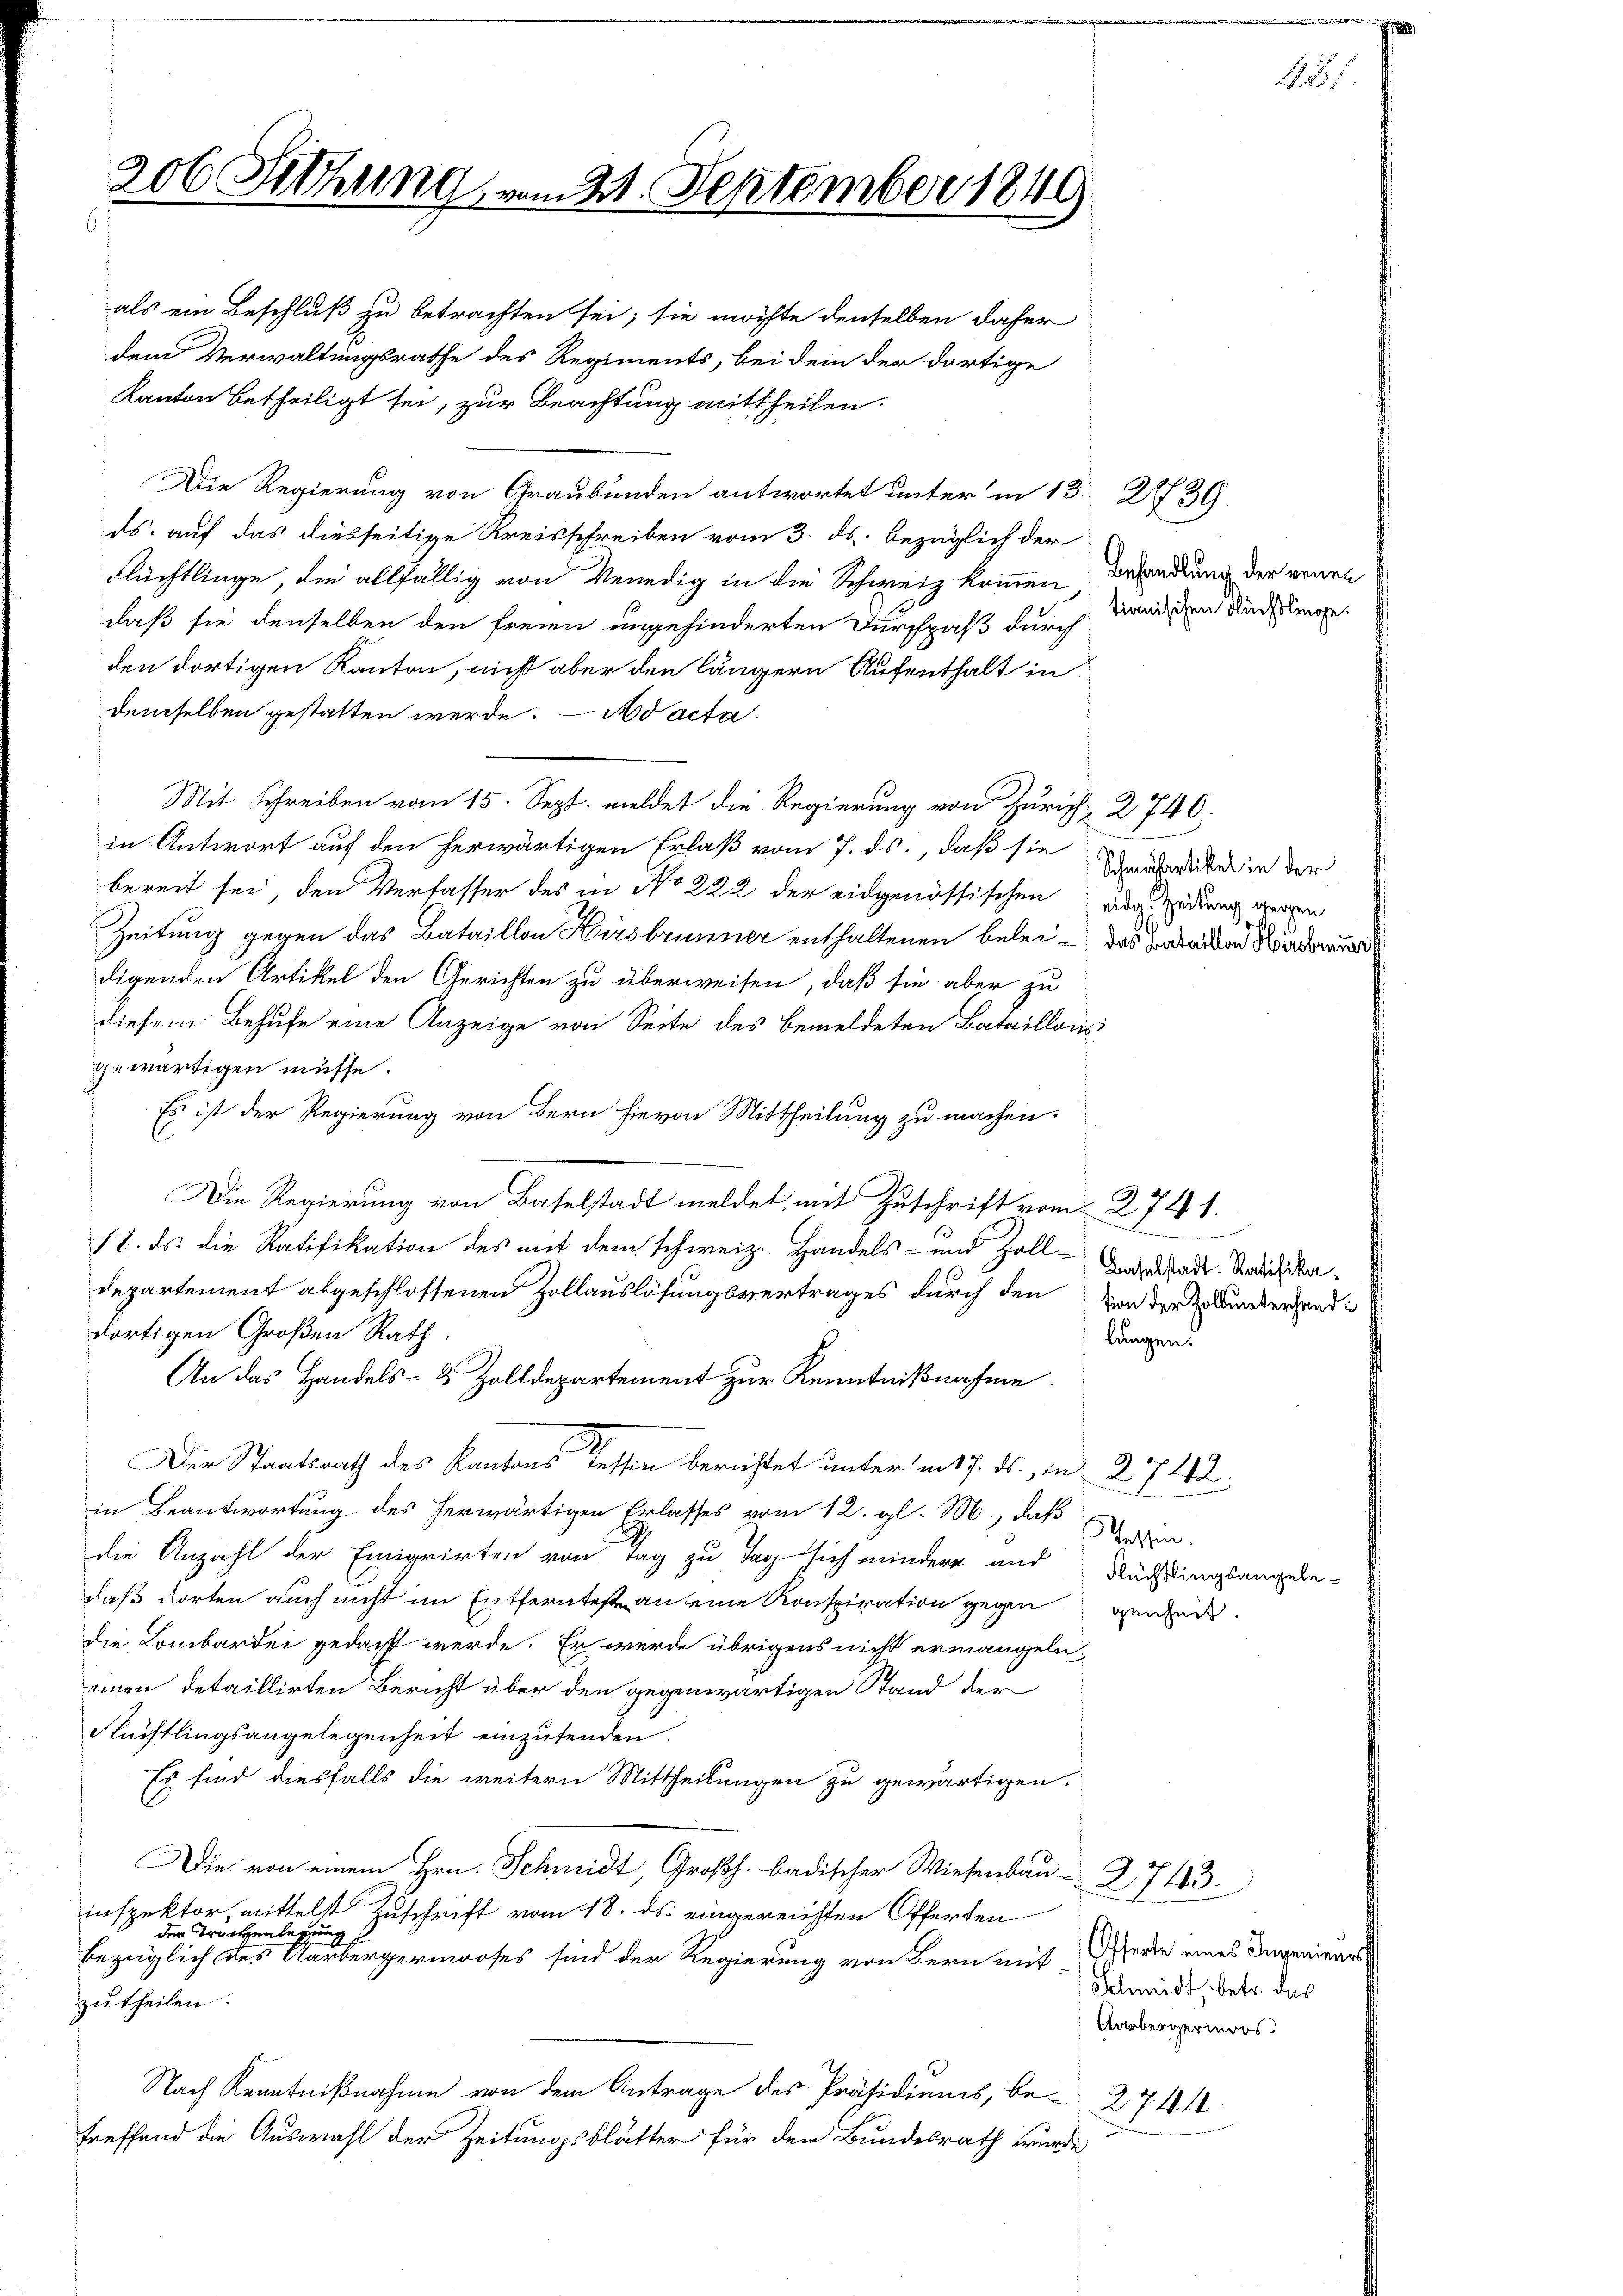
206 Sitzung vom 21. September 1849
als ein Beschluß zu betrachten sei; sie möchte denselben daher

dem Verwaltungsrathe des Regiments, bei dem der dortige
Kanton betheiligt sei, zur Beachtung mittheilen.
Die Regierung von Graubünden antwortet unter in 13. 2739.
ds. auf das diesseitige Kreisschreiben vom 3. ds. bezüglich der
Flüchtlinge die allfällig von Venedig in die Schweiz kommen, Behandlung der genen
daß sie denselben den freien ungehinderten Durchpaß durch Dändlichen Rechtige
den dortigen Kanton, nicht aber den längern Aufenthalt in
demselben gestatten werde. Ad acta
Mit Schreiben vom 15. Sept. meldet die Regierung von Zürich 2 740.
in Antwort auf den herwärtigen Erlaß vom 7. ds., daß sie auszeiter in der
bereit sei, den Verfasser des in No 222 der eidgenössischen eine Zedung deren
Zeitung gegen das Bataillon Hirsbrunner enthaltenen belei- das Baden Widers
digenden Artikel den Gerichten zu überweisen, daß sie aber zu
diesem Behufe eine Anzeige von Seite des bemeldeten Bataillons
gewärtigen müsse.
Es ist der Regierung von Bern hievon Mittheilung zu machen.
Die Regierung von Baselstadt meldet, mit Zuschrift vom 274 1.
18. ds. die Ratifikation des mit dem Schweiz. Handels- und Zoll-Anderende. Nachbadepartement abgeschlossenen Zollauslösungsvertrages durch den von der Honderend in
dortigen Großen Rath.
An das Handels- & Zolldepartement zur Kenntnißnahme.
Der Staatsrath des Kantons Tessin berichtet unter mit 7. ds., in 27 d
in Beantwortung des herwärtigen Erlasses vom 12. gl. M., daß
Tessin.
die Anzahl der Emigrirten von Tag zu Tag sich mindern und Nüchtingsangele
daß dorten auch nicht im Entferntest an eine Konspiration gegen werde.
die Lombardei gedacht werde. Er werde übrigens nicht ermangeln,
einen detaillirten Bericht über den gegenwärtigen Stand der
Flüchtlingsangelegenheit einzutenden.
Es sind diesfalls die weitern Mittheilungen zu gewärtigen.
Die von einem Hrn. Schmidt, Großh. badischer Wiesenbau - 2743.
inspektor, mittelst Zuschrift vom 18. ds. eingereichten Offerten
der Trotten legen
bezüglich des Aarbergermooses sind der Regierung von Bern mit Werde eines Ingenien
zu theilen.
Nach Kenntnißnahme von dem Antrage des Präsidiums, be- 2744
treffend die Auswahl der Zeitungsblätter für den Bundesrath würde

e
lungen.

Schmidt, betr. das
Aarbergermors.

.